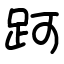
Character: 跒